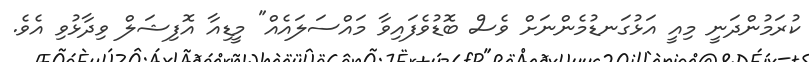
ކުރަމުންދަނީ މިއީ އަޅުގަނޑުމެންނަށް ވެސް ބޮޑުވެފައިވާ މައްސަލައެއް" މީޑިއާ އޮފިޝަލް ވިދާޅުވި އެވެ.